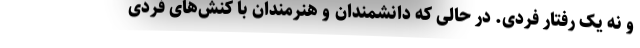
و نه یک رفتار فردی. در حالی که دانشمندان و هنرمندان با کنش‌های فردی